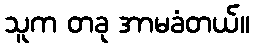
သူက တခု အာမခံတယ်။